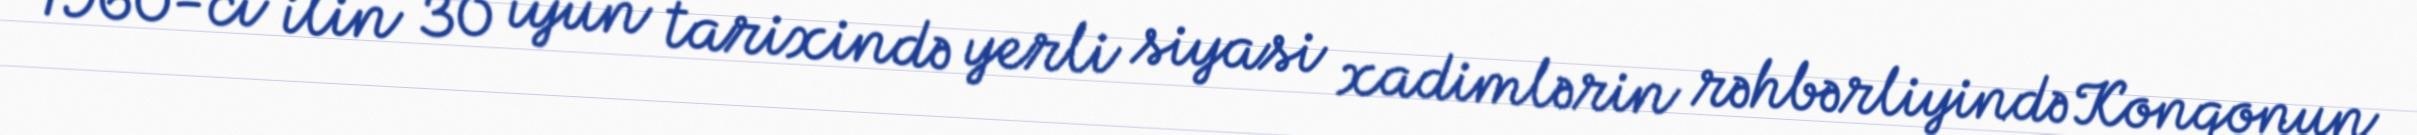
1960-cı ilin 30 iyun tarixində yerli siyasi xadimlərin rəhbərliyində Konqonun